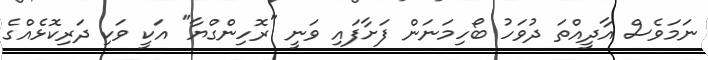
ނަމަވެސް އާދީއްތަ ދުވަހު ބޯހިމަނަން ފަށާފައި ވަނީ "ރޮހިންގްޔާ" އަކީ ވަކި ދަރިކޮޅެއްގެ